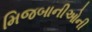
મિજબાનીઓની